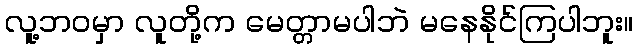
လူ့ဘ၀မှာ လူတို့က မေတ္တာမပါဘဲ မနေနိုင်ကြပါဘူး။